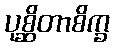
ပုစ္ဆိတာစိက္ခ